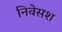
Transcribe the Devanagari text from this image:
निवेसश